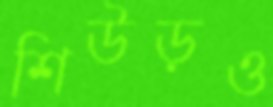
শিউড়ও